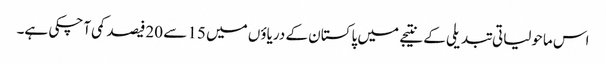
اس ماحولیاتی تبدیلی کے نتیجے میں پاکستان کے دریاؤں میں 15 سے 20فیصد کمی آچکی ہے۔